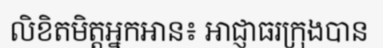
លិខិតមិត្តអ្នកអាន៖ អាជ្ញាធរក្រុងបាន